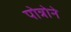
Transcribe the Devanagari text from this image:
पोत्रोने